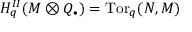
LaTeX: H _ { q } ^ { I I } ( M \otimes Q _ { \bullet } ) = \operatorname { T o r } _ { q } ( N , M )